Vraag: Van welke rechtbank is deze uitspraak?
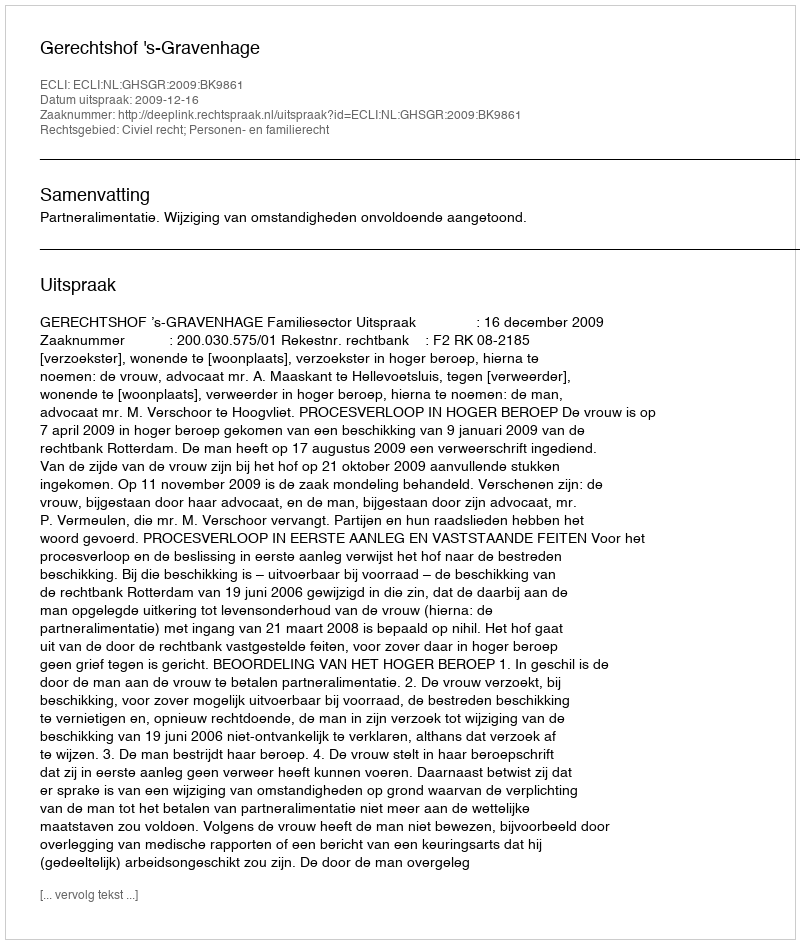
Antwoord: Gerechtshof 's-Gravenhage